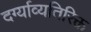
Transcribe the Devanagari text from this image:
दर्ग्याव्यतिरिक्त